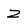
Character: Z